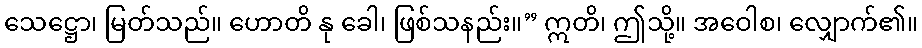
သေဋ္ဌော၊ မြတ်သည်။ ဟောတိ နု ခေါ၊ ဖြစ်သနည်း။” ဣတိ၊ ဤသို့။ အဝေါစ၊ လျှောက်၏။